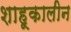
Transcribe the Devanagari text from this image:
शाहूकालीन